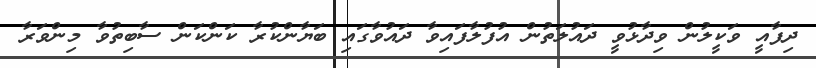
ދިފާއީ ވަކީލުން ވިދާޅުވީ ދައުލަތުން އުފުލާފައިވާ ދައުވާގައި ބަޔާންކުރާ ކަންކަން ސާބިތުވާ މިންވަރާ